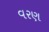
વરણ